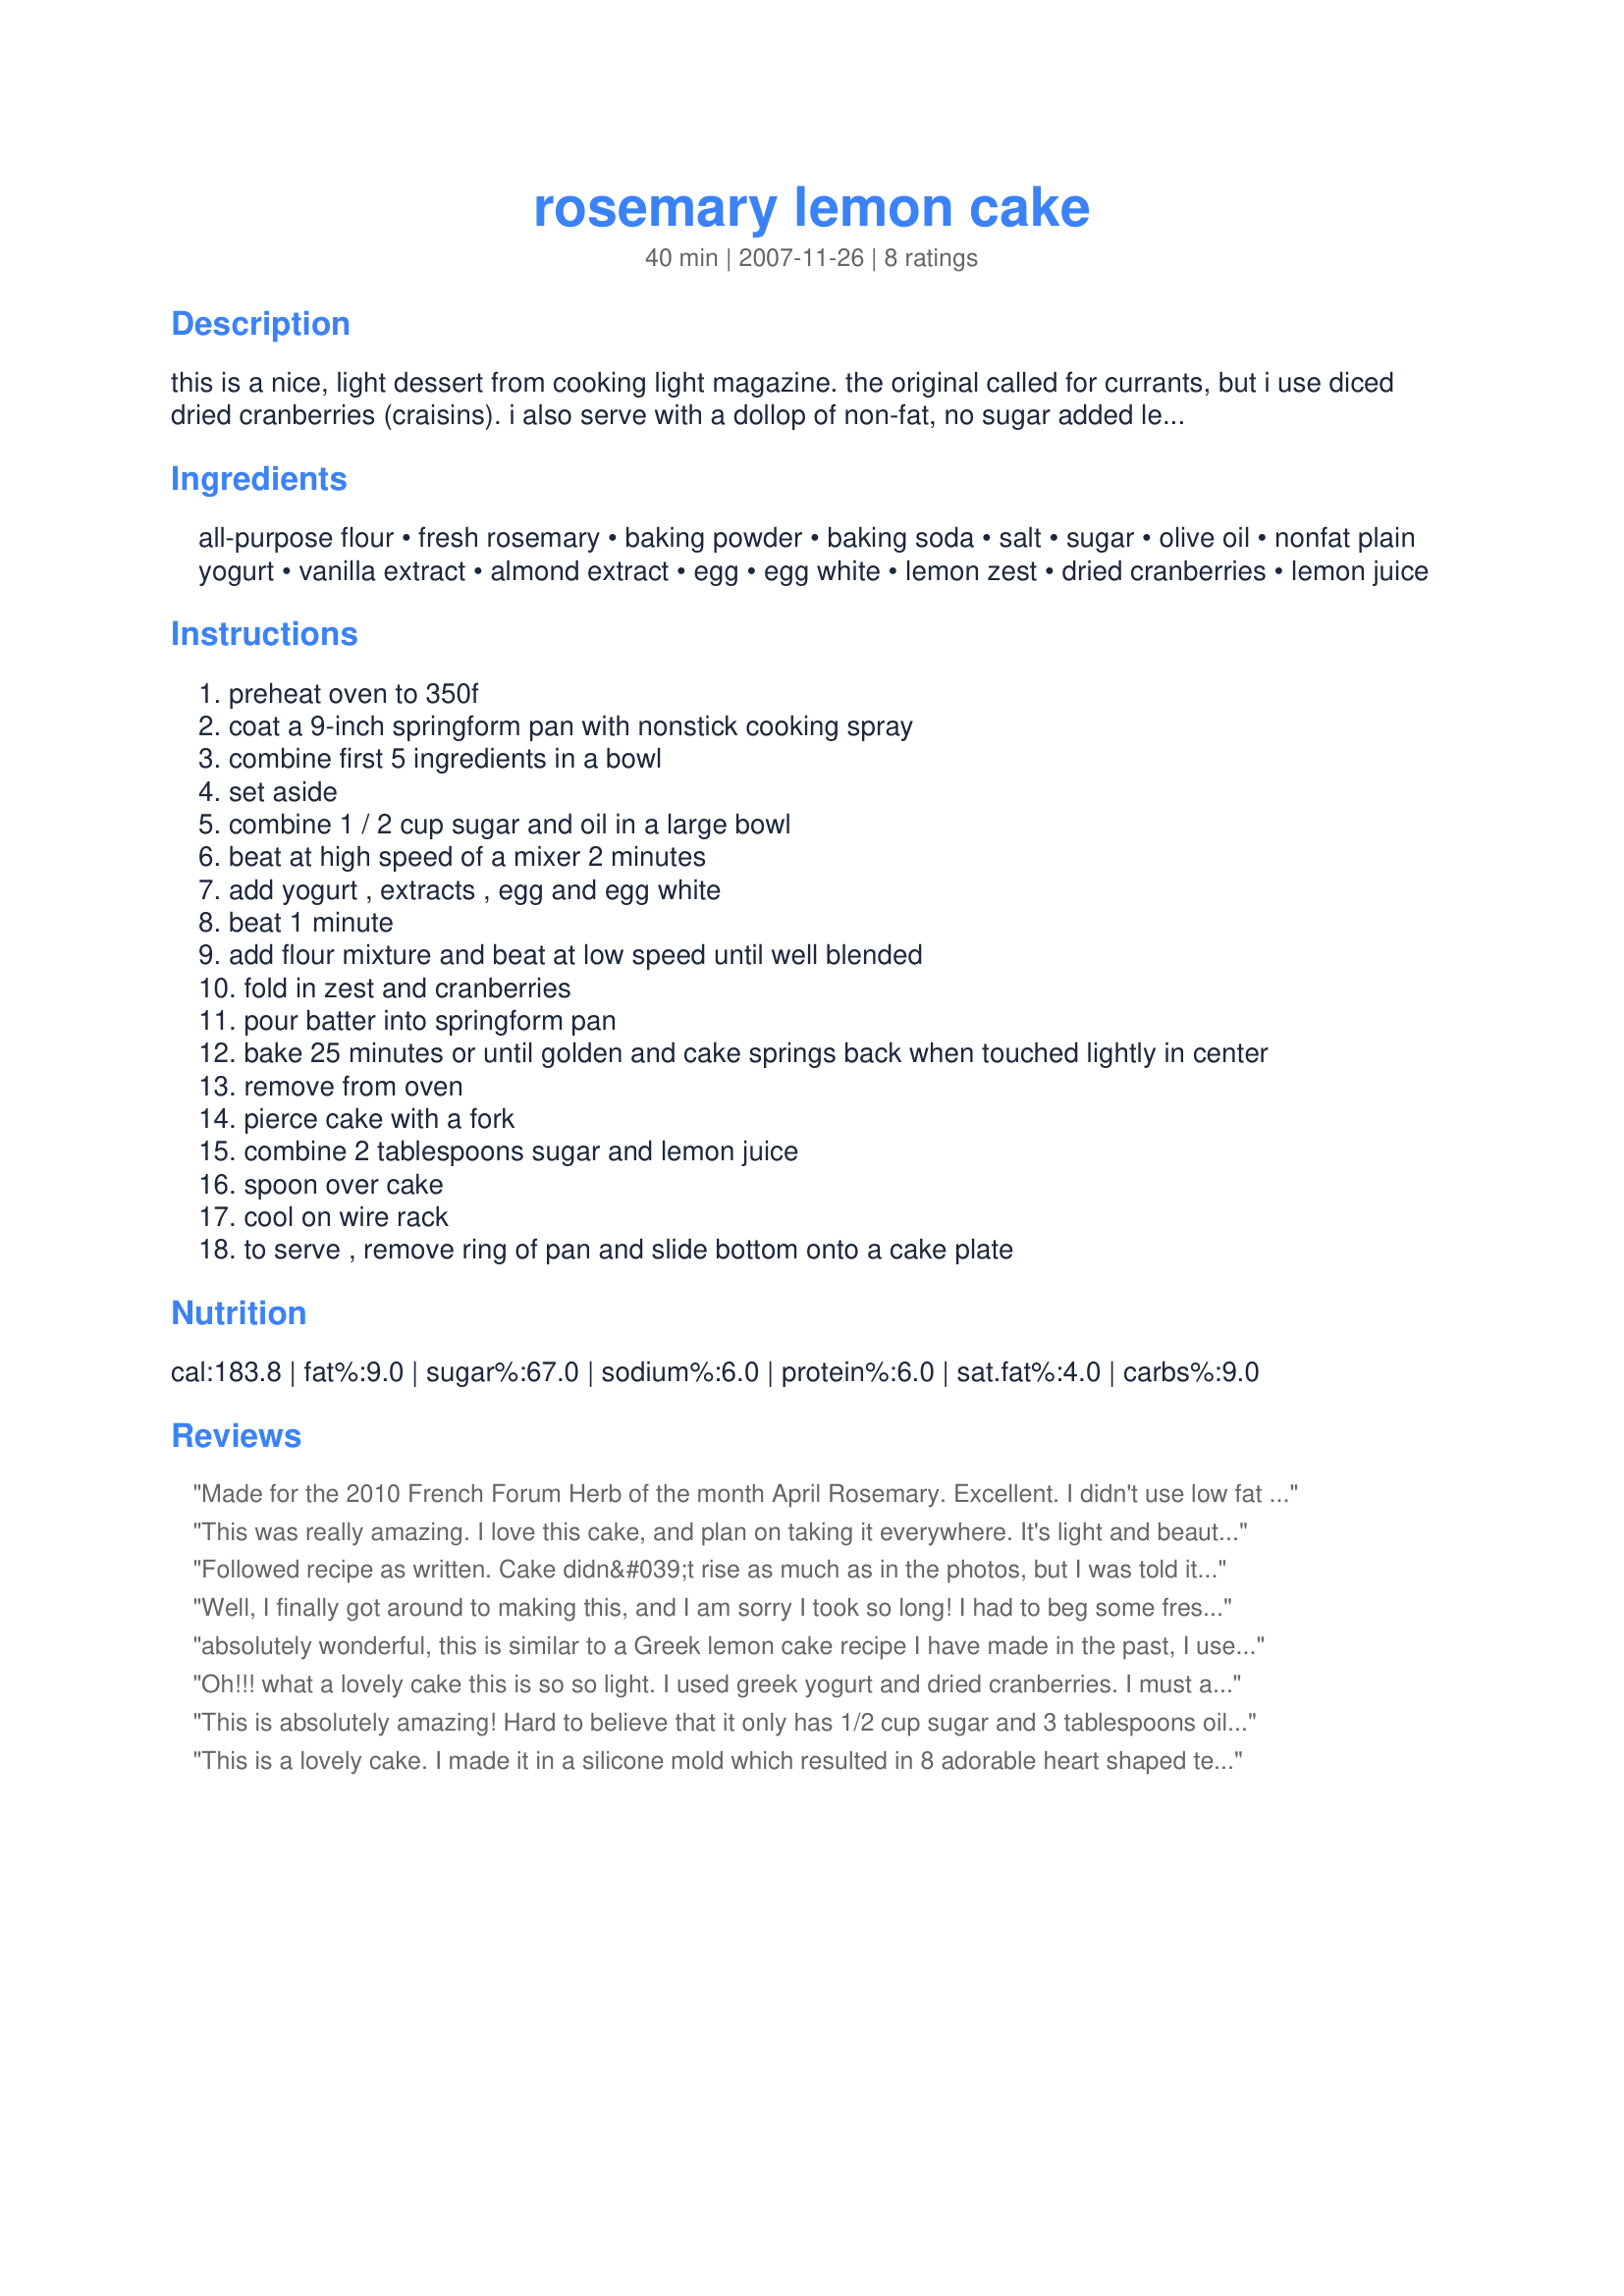
rosemary lemon cake
Preparation time: 40 minutes

this is a nice, light dessert from cooking light magazine. the original called for currants, but i use diced dried cranberries (craisins). i also serve with a dollop of non-fat, no sugar added lemon yogurt. cooking time does not include cooling time.

Ingredients:
all-purpose flour, fresh rosemary, baking powder, baking soda, salt, sugar, olive oil, nonfat plain yogurt, vanilla extract, almond extract, egg, egg white, lemon zest, dried cranberries, lemon juice

Steps:
preheat oven to 350f
coat a 9-inch springform pan with nonstick cooking spray
combine first 5 ingredients in a bowl
set aside
combine 1 / 2 cup sugar and oil in a large bowl
beat at high speed of a mixer 2 minutes
add yogurt , extracts , egg and egg white
beat 1 minute
add flour mixture and beat at low speed until well blended
fold in zest and cranberries
pour batter into springform pan
bake 25 minutes or until golden and cake springs back when touched lightly in center
remove from oven
pierce cake with a fork
combine 2 tablespoons sugar and lemon juice
spoon over cake
cool on wire rack
to serve , remove ring of pan and slide bottom onto a cake plate

Reviews:
Made for the 2010 French Forum Herb of the month April Rosemary. Excellent. I didn't use low fat yogurt, I drained mine slightly and just used dannon. Worked great. Use cranraisins which worked equally as well.

Loved it. Not too much of a sweet fan, so this was perfect. I and my neighbor absolutely loved it.
Thx, Kim
This was really amazing. I love this cake, and plan on taking it everywhere. It's light and beautifully sweet. Low cal low fat and wonderful. I'll also be trying the currents. Thanks for posting.
Followed recipe as written. Cake didn&#039;t rise as much as in the photos, but I was told it tasted good (I baked this for my sister&#039;s luncheon). It was very easy to make and seemed very healthy!
Well, I finally got around to making this, and I am sorry I took so long! I had to beg some fresh rosemary from a friend of a friend, until I can get mine going, here. I liked the using of 2 extracts, which did not cancel each other out, but gave a little "hmm" on your tongue. This will be made again, Mike, and thnx for posting. Made for Herb of the Month in the French Forum. April.......Rosemary!
absolutely wonderful, this is similar to a Greek lemon cake recipe I have made in the past, I used Greek yogurt which is the only yogurt I use for anything, I only had dried craisins so that is what I used in place of the dried cranberries, I will make this again very soon, thanks for sharing Mike!
Oh!!! what a lovely cake this is so so light. I used greek yogurt and dried cranberries. I must admit at first I thought Rosemary! in a cake! but how wrong can you be, I wish I had used a bit more as the rosemary flavour was lovely and the lemon drizzled over was so tangy it went well with the cranberries I will be making this again my best friend just loved it too, so now I have to make her one as well, I suppose thats what are friends for. Made for herb of the month april 2010 (Rosemary)
This is absolutely amazing! Hard to believe that it only has 1/2 cup sugar and 3 tablespoons oil. The aroma is to die for. I did warm the lemon juice slightly to dissolve the sugar before pouring over the cake. This was served lightly dusted with powdered sugar for a true taste delight.
This is a lovely cake. I made it in a silicone mold which resulted in 8 adorable heart shaped tea cakes. The rosemary and almond flavors are very subtle -- I may increase the rosemary a bit next time I make this. The glaze is just right. Amazing that this is relatively low in calories and fat as each serving is really quite substantial. Thanks, Mikekey!
